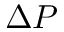
\Delta P